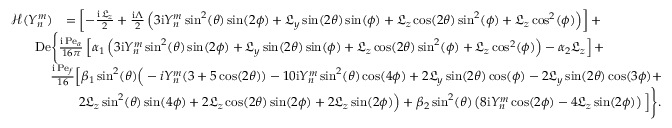
\begin{array} { r l } { \mathcal { H } ( Y _ { n } ^ { m } ) } & { = \left[ - \frac { \mathrm { i } \, \mathfrak { L } _ { z } } { 2 } + \frac { \mathrm { i } \Lambda } { 2 } \left( 3 \mathrm { i } { Y _ { n } ^ { m } } \sin ^ { 2 } ( \theta ) \sin ( 2 \phi ) + \mathfrak { L } _ { y } \sin ( 2 \theta ) \sin ( \phi ) + \mathfrak { L } _ { z } \cos ( 2 \theta ) \sin ^ { 2 } ( \phi ) + \mathfrak { L } _ { z } \cos ^ { 2 } ( \phi ) \right) \right] + } \\ & { \! \! \! \! \! \! \! \! \! \! \! \! \! \! \mathrm { D e } \Bigg \lbrace \frac { \mathrm { i } \, \mathrm { P e } _ { a } } { 1 6 \pi } \left[ \alpha _ { 1 } \left( 3 \mathrm { i } Y _ { n } ^ { m } \sin ^ { 2 } ( \theta ) \sin ( 2 \phi ) + \mathfrak { L } _ { y } \sin ( 2 \theta ) \sin ( \phi ) + \mathfrak { L } _ { z } \cos ( 2 \theta ) \sin ^ { 2 } ( \phi ) + \mathfrak { L } _ { z } \cos ^ { 2 } ( \phi ) \right) - \alpha _ { 2 } \mathfrak { L } _ { z } \right] + } \\ & { \! \! \! \! \! \! \! \frac { \mathrm { i } \, \mathrm { P e } _ { f } } { 1 6 } \Big [ \beta _ { 1 } \sin ^ { 2 } ( \theta ) \Big ( - i Y _ { n } ^ { m } ( 3 + 5 \cos ( 2 \theta ) ) - 1 0 \mathrm { i } Y _ { n } ^ { m } \sin ^ { 2 } ( \theta ) \cos ( 4 \phi ) + 2 \mathfrak { L } _ { y } \sin ( 2 \theta ) \cos ( \phi ) - 2 \mathfrak { L } _ { y } \sin ( 2 \theta ) \cos ( 3 \phi ) + } \\ & { \quad 2 \mathfrak { L } _ { z } \sin ^ { 2 } ( \theta ) \sin ( 4 \phi ) + 2 \mathfrak { L } _ { z } \cos ( 2 \theta ) \sin ( 2 \phi ) + 2 \mathfrak { L } _ { z } \sin ( 2 \phi ) \Big ) + \beta _ { 2 } \sin ^ { 2 } ( \theta ) \left( 8 \mathrm { i } Y _ { n } ^ { m } \cos ( 2 \phi ) - 4 \mathfrak { L } _ { z } \sin ( 2 \phi ) \right) \Big ] \Bigg \rbrace . } \end{array}